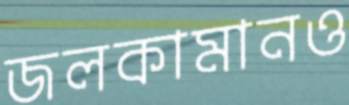
জলকামানও